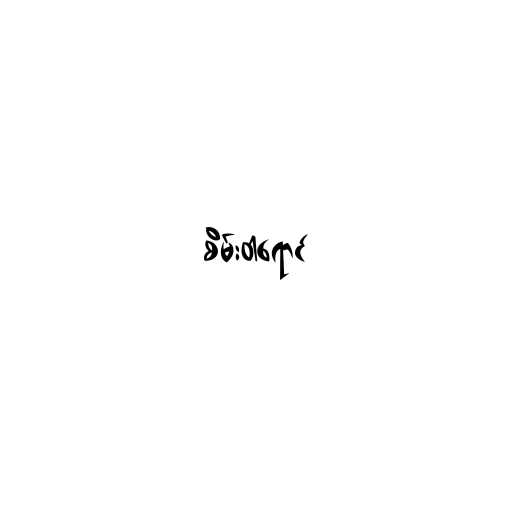
စိမ်းဝါရောင်